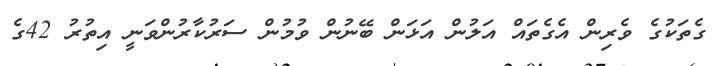
ގެތަކުގެ ވެރިން އެގެތައް އަލުން އަޅަން ބޭނުން ވުމުން ސަރުކާރުންވަނީ އިތުރު 42ގެ